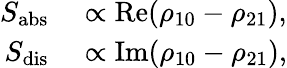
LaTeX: \begin{array}{rl}{S_{\mathrm{abs}}}&{{}\propto\mathrm{Re}(\rho_{10}-\rho_{21}),}\\ {S_{\mathrm{dis}}}&{{}\propto\mathrm{Im}(\rho_{10}-\rho_{21}),}\end{array}